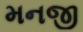
મનજી